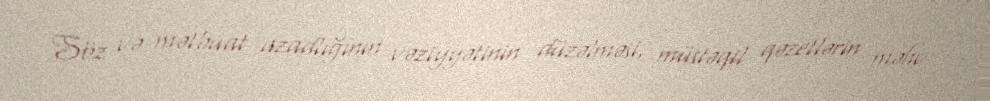
Söz və mətbuat azadlığının vəziyyətinin düzəlməsi, müstəqil qəzetlərin məhv